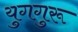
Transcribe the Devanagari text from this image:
युगगुरू